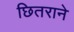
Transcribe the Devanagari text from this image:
छितराने